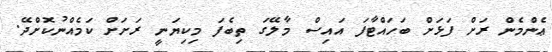
ޢެންމެން ރަށް ފަޅަށް ބަހައްޓާފަ އައިސް މާލޭގަ ތިބެފަ މިކިޔަނީ ރަށަށް ކަމެއްނުކޮށްދޭ.